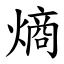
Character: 熵